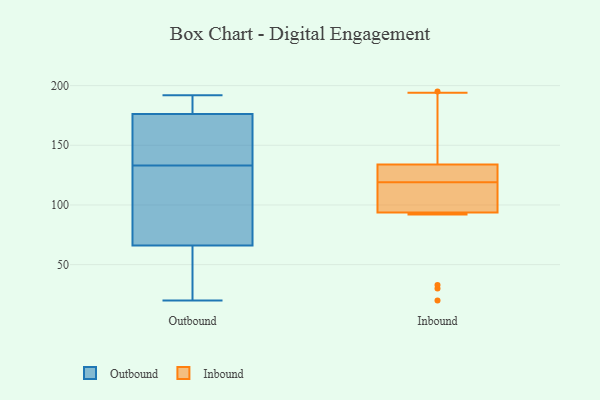
{"axis": {"x": "Energy Usage (MWh)", "y": "Value"}, "legend": ["Inbound", "Outbound"], "data": [{"x": "", "y": 24, "type": "Outbound"}, {"x": "", "y": 170, "type": "Outbound"}, {"x": "", "y": 118, "type": "Outbound"}, {"x": "", "y": 176, "type": "Outbound"}, {"x": "", "y": 68, "type": "Outbound"}, {"x": "", "y": 192, "type": "Outbound"}, {"x": "", "y": 123, "type": "Outbound"}, {"x": "", "y": 20, "type": "Outbound"}, {"x": "", "y": 177, "type": "Outbound"}, {"x": "", "y": 60, "type": "Outbound"}, {"x": "", "y": 143, "type": "Outbound"}, {"x": "", "y": 183, "type": "Outbound"}, {"x": "", "y": 133, "type": "Outbound"}, {"x": "", "y": 33, "type": "Inbound"}, {"x": "", "y": 20, "type": "Inbound"}, {"x": "", "y": 119, "type": "Inbound"}, {"x": "", "y": 30, "type": "Inbound"}, {"x": "", "y": 194, "type": "Inbound"}, {"x": "", "y": 140, "type": "Inbound"}, {"x": "", "y": 137, "type": "Inbound"}, {"x": "", "y": 195, "type": "Inbound"}, {"x": "", "y": 116, "type": "Inbound"}, {"x": "", "y": 125, "type": "Inbound"}, {"x": "", "y": 92, "type": "Inbound"}, {"x": "", "y": 114, "type": "Inbound"}, {"x": "", "y": 99, "type": "Inbound"}, {"x": "", "y": 121, "type": "Inbound"}, {"x": "", "y": 124, "type": "Inbound"}]}